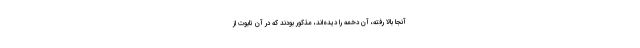
آنجا بالا رفته، آن دخمه را دیده‌اند، مذکور بودند که در آن تابوت از